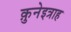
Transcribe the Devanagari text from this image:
क़ुनेइत्राह